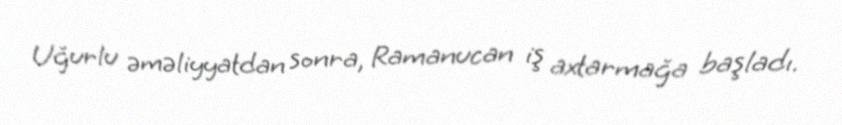
Uğurlu əməliyyatdan sonra, Ramanucan iş axtarmağa başladı.